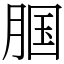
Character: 腘